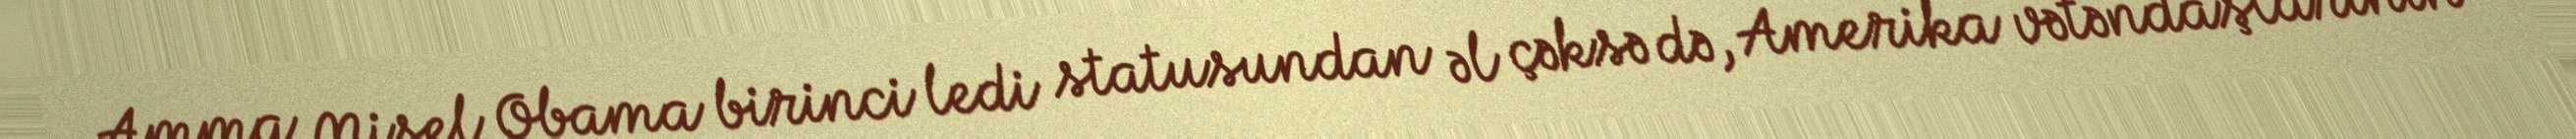
Amma Mişel Obama birinci ledi statusundan əl çəksə də, Amerika vətəndaşlarının